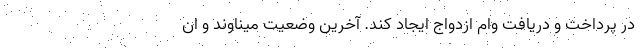
در پرداخت و دریافت وام ازدواج ایجاد کند. آخرین وضعیت میناوند و ان